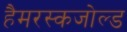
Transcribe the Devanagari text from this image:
हैमरस्कजोल्‍ड